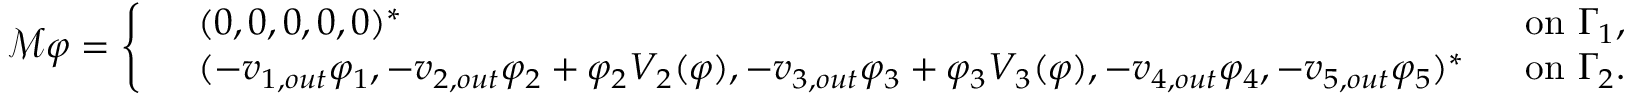
\mathcal { M } \varphi = \left\{ \begin{array} { r l r } & { ( 0 , 0 , 0 , 0 , 0 ) ^ { * } \; } & { \mathrm { ~ o n ~ } \Gamma _ { 1 } , } \\ & { ( - v _ { 1 , o u t } \varphi _ { 1 } , - v _ { 2 , o u t } \varphi _ { 2 } + \varphi _ { 2 } V _ { 2 } ( \varphi ) , - v _ { 3 , o u t } \varphi _ { 3 } + \varphi _ { 3 } V _ { 3 } ( \varphi ) , - v _ { 4 , o u t } \varphi _ { 4 } , - v _ { 5 , o u t } \varphi _ { 5 } ) ^ { * } \; } & { \mathrm { ~ o n ~ } \Gamma _ { 2 } . } \end{array} \right.